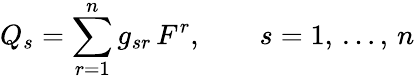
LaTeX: Q_{s}=\sum_{r=1}^{n}g_{sr}\, F^{r},\qquad s=1,\, \ldots,\, n